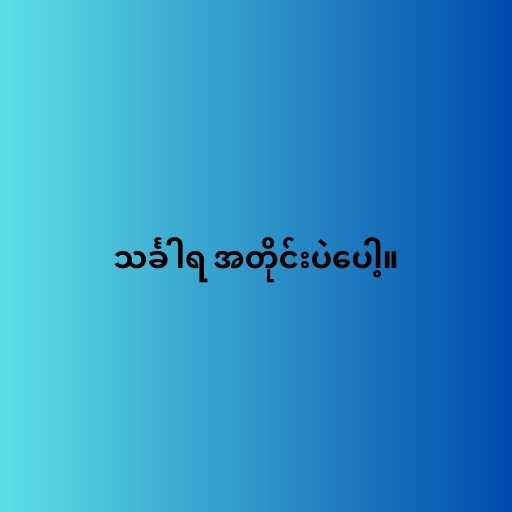
သင်္ခါရ အတိုင်းပဲပေါ့။